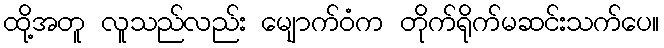
ထို့အတူ လူသည်လည်း မျောက်ဝံက တိုက်ရိုက်မဆင်းသက်ပေ။